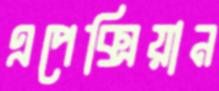
এপেক্সিয়ান